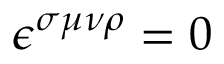
\epsilon ^ { \sigma \mu \nu \rho } = 0